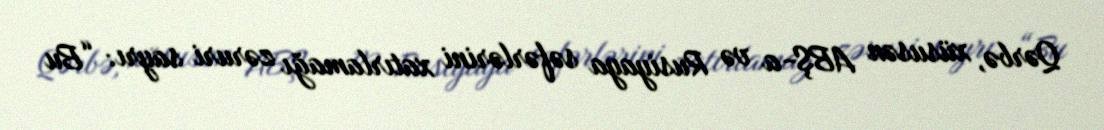
Qərbə, xüsusən ABŞ-a və Rusiyaya səfərlərini xatırlamağı zəruri sayrı: “Bu